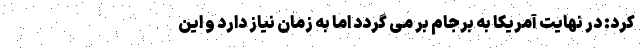
کرد: در نهایت آمریکا به برجام بر می گردد اما به زمان نیاز دارد و این